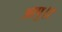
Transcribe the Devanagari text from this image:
आपु।।